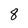
Character: 8